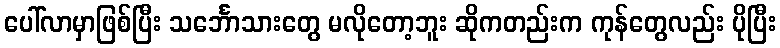
ပေါ်လာမှာဖြစ်ပြီး သင်္ဘောသားတွေ မလိုတော့ဘူး ဆိုကတည်းက ကုန်တွေလည်း ပိုပြီး